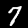
Digit: 7